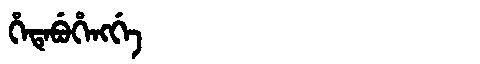
Manchu: ᡥᡝᡨᡝᠪᡠᡥᡝᠩᡤᡝ
Romanization: HETEBUHENGGE